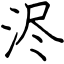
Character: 浕